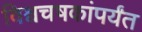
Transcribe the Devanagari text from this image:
विश्वचषकांपर्यंत